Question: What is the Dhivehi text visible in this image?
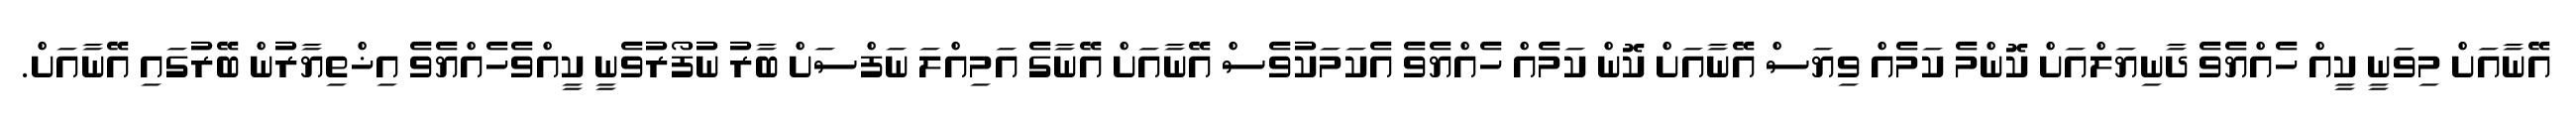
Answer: އޭނާއަށް މިވަނީ ކީއް ހެއްޔެވެ ދާނިޔަލްއަށް ކޮންމެ ކަމެއް ވިޔަސް އޭނާއަށް ކޮން ކަމެއް ހެއްޔެވެ އެކަމަކުވެސް އޭނާއަށް އޭނާގެ އަމިއްލަ ނަފްސަށް ބާރު ނުފޯރުވެނީ ކީއްވެހެއްޔެވެ އިޚްތިޔާރުން ބޭރުގައި އޭނާއަށް.